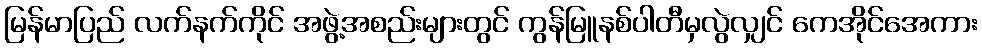
မြန်မာပြည် လက်နက်ကိုင် အဖွဲ့အစည်းများတွင် ကွန်မြူနစ်ပါတီမှလွဲလျှင် ကေအိုင်အေကား